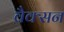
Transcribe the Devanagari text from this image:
वैक्सन